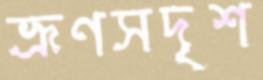
ভ্রূণসদৃশ